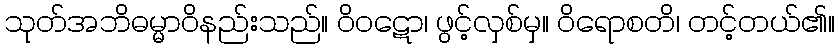
သုတ်အဘိဓမ္မာဝိနည်းသည်။ ဝိဝဋော၊ ဖွင့်လှစ်မှ။ ဝိရောစတိ၊ တင့်တယ်၏။